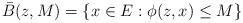
LaTeX: \begin{align*} \bar B (z, M) = \{x \in E: \phi(z,x) \leq M\}\end{align*}